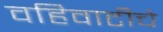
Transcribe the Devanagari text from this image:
वहिवाटीचे